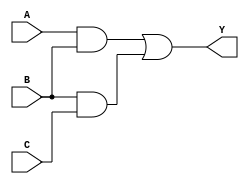
module lec6ex1(
A,	//input
B,	//input
C,	//input
Y	//output
);


//input ports
input A;
input B;
input C;
//output ports
output Y;

wire A;
wire B;
wire C;
wire AB;
wire BC;
wire Y;

and(AB, A, B);
and(BC, B, C);
or (Y, AB, BC);

endmodule

module lec6ex1_tb;	//Note no interface to be tested
	reg wA,wB,wC;	//signals to be commanded must be "reg"
	wire wY;		//output from unit-under-test is "wire"


//test bench
initial begin
	wA = 0;		//test 000
	wB = 0;
	wC = 0;

	$monitor ("A=%b B=%b C=%b Y=%b", wA,wB, wC, wY);
	#5 wC = 1;	//test 001
	#5 wB = 1;	//test 011
	#5 wC = 0;	//test 010
	#5 wA = 1;	//test 110
	#5 wC = 1;	//test 111
	#5 wB = 0;	//test 101
	#5 wC = 0;	//test 100
	#5 $finish;
end

//connect UUT to test bench signals

lec6ex1 uut(
.A  (wA),
.B  (wB),
.C  (wC),
.Y  (wY)
);
endmodule